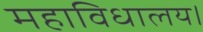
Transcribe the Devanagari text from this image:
महाविधालय।